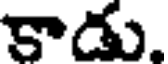
కాడు.